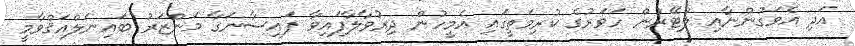
އަދި އެވަގުންނާއި ލުޓޭރުން ހަވަރުގެ ކުރިމަތީގައި އެމީހުން ދިރުވާލާފައިވާ ފައިސާނަގާ މަންޒަރު ބައިނަލްއަޤްވާމީ